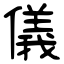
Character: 儀